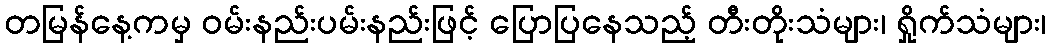
တမြန်နေ့ကမှ ဝမ်းနည်းပမ်းနည်းဖြင့် ပြောပြနေသည့် တီးတိုးသံများ၊ ရှိုက်သံများ၊